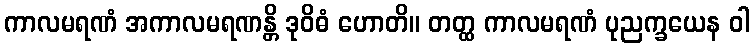
ကာလမရဏံ အကာလမရဏန္တိ ဒုဝိဓံ ဟောတိ။ တတ္ထ ကာလမရဏံ ပုညက္ခယေန ဝါ